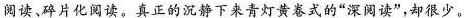
阅读、碎片化阅读。真正的沉静下来青灯黄卷式的”深阅读”，却很少。